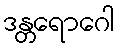
ဒန္တရောဂေါ